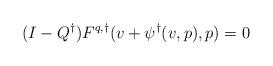
LaTeX: \begin{align*}(I-Q^\dagger)F^{q,\dagger}(v+\psi^\dagger(v,p),p)=0\end{align*}